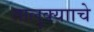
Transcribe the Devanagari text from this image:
तालुक्यााचे